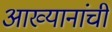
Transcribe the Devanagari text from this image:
आख्यानांची